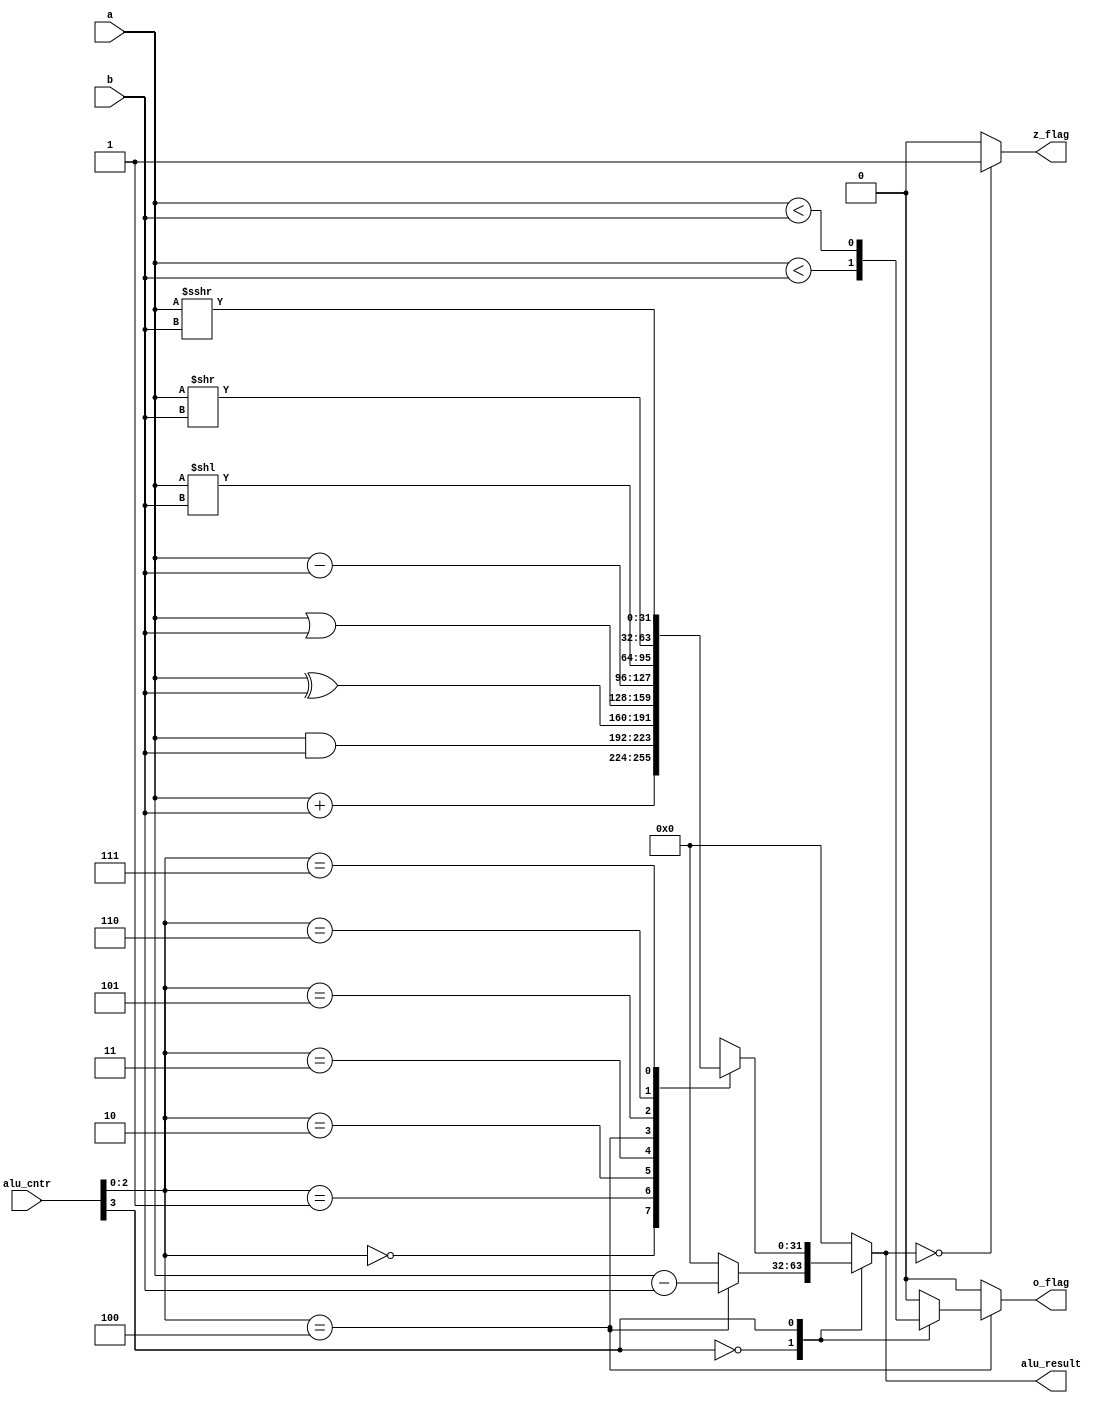
module alu #(parameter WIDTH=32)(
input  			[3:0]		alu_cntr,
input signed  		[WIDTH-1:0] 	a, b,
output  				o_flag,
output					z_flag,
output reg 		[WIDTH-1:0] 	alu_result);

wire [WIDTH-1:0] unsigned_in_a = $unsigned(a);
wire [WIDTH-1:0] unsigned_in_b = $unsigned(b);

reg slt_reg;

assign z_flag = (alu_result == 0)? 1:0;
assign o_flag = (alu_cntr[2:0] == 3'b100)? slt_reg : 0;


always@(a or b or alu_cntr)
begin
alu_result = 32'b0;
		slt_reg = 1'b0;	
case(alu_cntr[3])
1'b0:	//-----------------------------UNSIGNED OPERATIONS [sltiu, sltu, bgeu, bltu]
	begin
	if (alu_cntr[2:0] == 3'b100)
		alu_result <= unsigned_in_a - unsigned_in_b;
		slt_reg <= (unsigned_in_a < unsigned_in_b);	
	end
1'b1:	//-------------------------------SIGNED OPERATIONS
	begin 
	case(alu_cntr[2:0])
		3'b000:	alu_result <= a + b;
		3'b001: alu_result <= a & b;
		3'b010:	alu_result <= a ^ b;
		3'b011:	alu_result <= a | b;
		3'b100:	begin 
			alu_result <= a - b;
			slt_reg <= (a < b);
			end
		3'b101:	alu_result <= a << b;
		3'b110:	alu_result <= a >> b;
		3'b111:	alu_result <= a >>> b;
	endcase
	end
endcase
end
endmodule